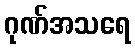
ဂုဏ်အသရေ